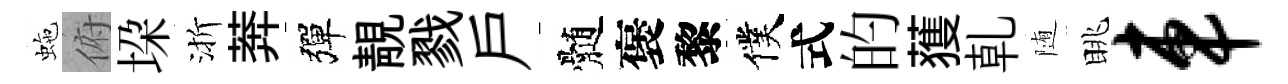
虵俯垜渐莾彈靚戮戸髄褒黎僕式的𫉬乹随眺车